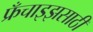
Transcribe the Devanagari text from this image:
फ्रँचाइझसाठी